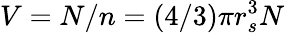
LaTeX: V=N/n=(4/3)\pi r_{s}^{3}N